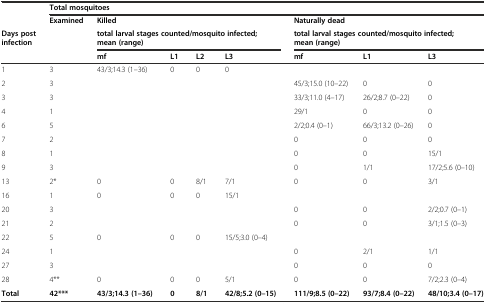
<table><thead><tr><td rowspan="2"></td><td colspan="8"><b>Total mosquitoes</b></td></tr><tr><td><b>Examined</b></td><td colspan="4"><b>Killed</b></td><td colspan="3"><b>Naturally dead</b></td></tr><tr><td rowspan="2"><b>Days post infection</b></td><td></td><td colspan="4"><b>total larval stages counted/mosquito infected; mean (range)</b></td><td colspan="3"><b>total larval stages counted/mosquito infected; mean (range)</b></td></tr><tr><td></td><td><b>mf</b></td><td><b>L1</b></td><td><b>L2</b></td><td><b>L3</b></td><td><b>mf</b></td><td><b>L1</b></td><td><b>L3</b></td></tr></thead><tbody><tr><td>1</td><td>3</td><td>43/3;14.3 (1–36)</td><td>0</td><td>0</td><td>0</td><td></td><td></td><td></td></tr><tr><td>2</td><td>3</td><td></td><td></td><td></td><td></td><td>45/3;15.0 (10–22)</td><td>0</td><td>0</td></tr><tr><td>3</td><td>3</td><td></td><td></td><td></td><td></td><td>33/3;11.0 (4–17)</td><td>26/2;8.7 (0–22)</td><td>0</td></tr><tr><td>4</td><td>1</td><td></td><td></td><td></td><td></td><td>29/1</td><td>0</td><td>0</td></tr><tr><td>6</td><td>5</td><td></td><td></td><td></td><td></td><td>2/2;0.4 (0–1)</td><td>66/3;13.2 (0–26)</td><td>0</td></tr><tr><td>7</td><td>2</td><td></td><td></td><td></td><td></td><td>0</td><td>0</td><td>0</td></tr><tr><td>8</td><td>1</td><td></td><td></td><td></td><td></td><td>0</td><td>0</td><td>15/1</td></tr><tr><td>9</td><td>3</td><td></td><td></td><td></td><td></td><td>0</td><td>1/1</td><td>17/2;5.6 (0–10)</td></tr><tr><td>13</td><td>2*</td><td>0</td><td>0</td><td>8/1</td><td>7/1</td><td>0</td><td>0</td><td>3/1</td></tr><tr><td>16</td><td>1</td><td>0</td><td>0</td><td>0</td><td>15/1</td><td></td><td></td><td></td></tr><tr><td>20</td><td>3</td><td></td><td></td><td></td><td></td><td>0</td><td>0</td><td>2/2;0.7 (0–1)</td></tr><tr><td>21</td><td>2</td><td></td><td></td><td></td><td></td><td>0</td><td>0</td><td>3/1;1.5 (0–3)</td></tr><tr><td>22</td><td>5</td><td>0</td><td>0</td><td>0</td><td>15/5;3.0 (0–4)</td><td></td><td></td><td></td></tr><tr><td>24</td><td>1</td><td></td><td></td><td></td><td></td><td>0</td><td>2/1</td><td>1/1</td></tr><tr><td>27</td><td>3</td><td></td><td></td><td></td><td></td><td>0</td><td>0</td><td>0</td></tr><tr><td>28</td><td>4**</td><td>0</td><td>0</td><td>0</td><td>5/1</td><td>0</td><td>0</td><td>7/2;2.3 (0–4)</td></tr><tr><td><b>Total</b></td><td><b>42***</b></td><td><b>43/3;14.3 (1–36)</b></td><td><b>0</b></td><td><b>8/1</b></td><td><b>42/8;5.2 (0–15)</b></td><td><b>111/9;8.5 (0–22)</b></td><td><b>93/7;8.4 (0–22)</b></td><td><b>48/10;3.4 (0–17)</b></td></tr></tbody></table>